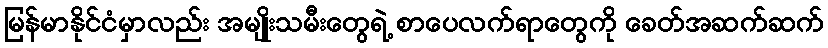
မြန်မာနိုင်ငံမှာလည်း အမျိုးသမီးတွေရဲ့ စာပေလက်ရာတွေကို ခေတ်အဆက်ဆက်